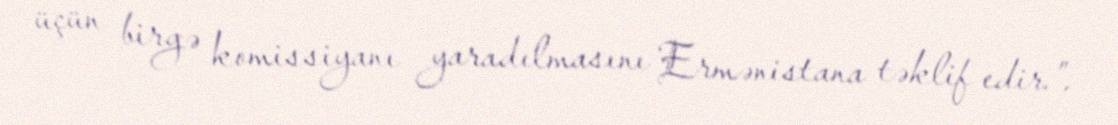
üçün birgə komissiyanı yaradılmasını Ermənistana təklif edir.”.